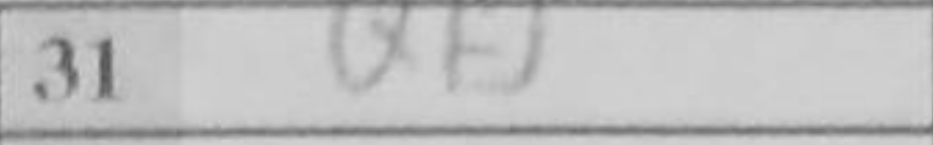
Transcription: Qf5